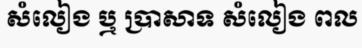
សំលៀង ឬ ប្រាសាទ សំលៀង ពល